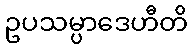
ဥပသမ္ပာဒေဟီတိ